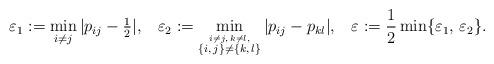
LaTeX: \begin{align*} \varepsilon_1 := \min_{i \neq j} {\hbox{$| p_{ij} - \frac{1}{2}|$}}, \;\;\; \varepsilon_2 := \min_{\stackrel{i \neq j, \, k \neq l,}{\{i,\,j\} \neq \{k,\,l\}}} |p_{ij} - p_{kl}|, \;\;\; \varepsilon := \frac{1}{2} \min \{ \varepsilon_1, \, \varepsilon_2 \}. \end{align*}